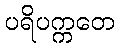
ပရိပက္ကတေ